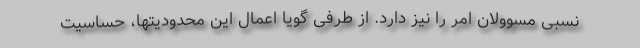
نسبی مسوولان امر را نیز دارد. از طرفی گویا اعمال این محدودیتها، حساسیت